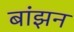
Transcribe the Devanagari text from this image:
बांझन